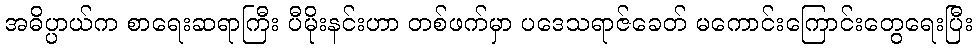
အဓိပ္ပာယ်က စာရေးဆရာကြီး ပီမိုးနင်းဟာ တစ်ဖက်မှာ ပဒေသရာဇ်ခေတ် မကောင်းကြောင်းတွေရေးပြီး